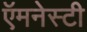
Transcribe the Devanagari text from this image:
ऍमनेस्टी